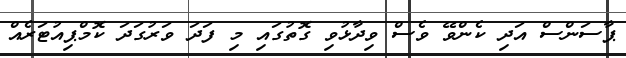
ޕާސަންސް އަދި ކެންވޭ ވެސް ވިދާޅުވި ގޮތުގައި މި ފަދަ ވަރުގަދަ ކޮމްޕިއުޓަރެއް